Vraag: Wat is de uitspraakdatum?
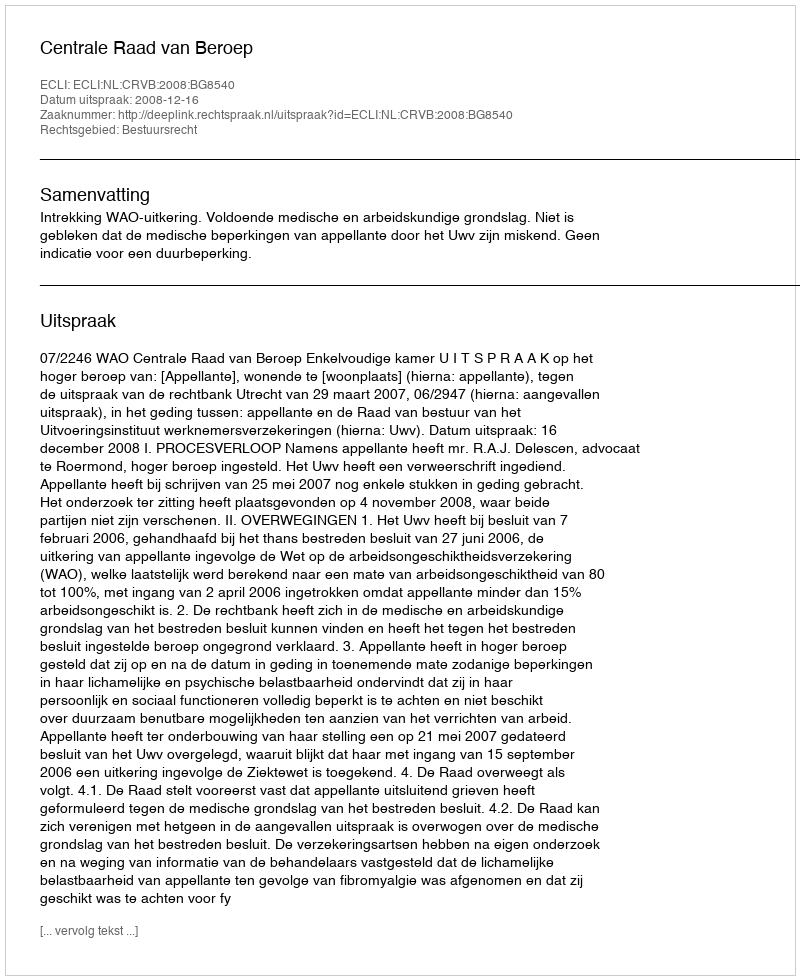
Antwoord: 2008-12-16